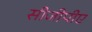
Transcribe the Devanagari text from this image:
सीजीपीए